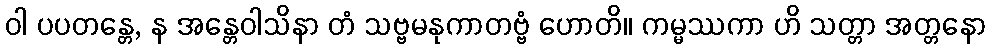
ဝါ ပပတန္တေ, န အန္တေဝါသိနာ တံ သဗ္ဗမနုကာတဗ္ဗံ ဟောတိ။ ကမ္မဿကာ ဟိ သတ္တာ အတ္တနော